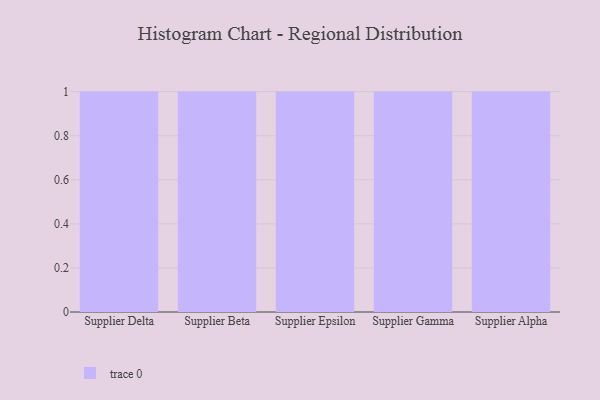
{"axis": {"x": "Supplier", "y": "Page Views"}, "legend": [""], "data": [{"x": "Supplier Delta", "y": 88, "type": ""}, {"x": "Supplier Beta", "y": 92, "type": ""}, {"x": "Supplier Epsilon", "y": 4, "type": ""}, {"x": "Supplier Gamma", "y": 61, "type": ""}, {"x": "Supplier Alpha", "y": 62, "type": ""}]}